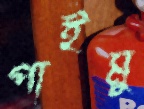
পাইমু